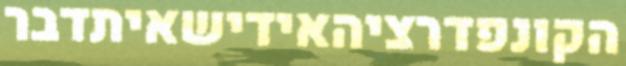
הקונפדרציהאידישאיתדבר